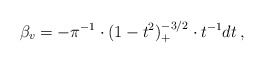
\begin{align*} \beta_v=-\pi^{-1}\cdot (1-t^2)_+^{-3/2}\cdot t^{-1}dt\, , \end{align*}